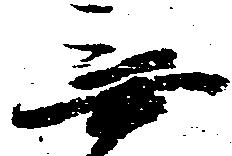
無